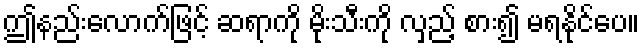
ဤနည်းလောက်ဖြင့် ဆရာကို မိုးသီးကို လှည့် စား၍ မရနိုင်ပေ။